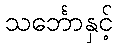
သင်္ဘောနှင့်